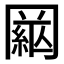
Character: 𦁒